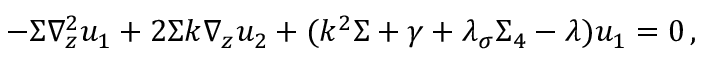
- \Sigma \nabla _ { z } ^ { 2 } u _ { 1 } + 2 \Sigma k \nabla _ { z } u _ { 2 } + ( k ^ { 2 } \Sigma + \gamma + \lambda _ { \sigma } \Sigma _ { 4 } - \lambda ) u _ { 1 } = 0 \, ,